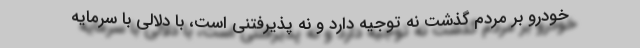
خودرو بر مردم گذشت نه توجیه دارد و نه پذیرفتنی است، با دلالی با سرمایه